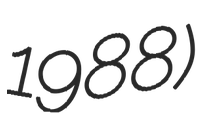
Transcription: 1988)